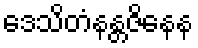
ဒေသိတံနန္တဇိနေန